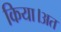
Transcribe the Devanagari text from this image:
किया।अत